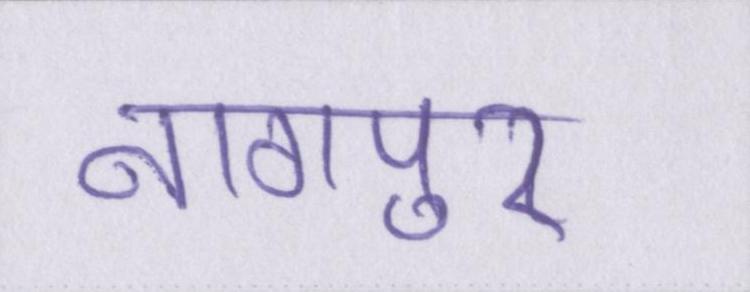
नागपुर